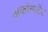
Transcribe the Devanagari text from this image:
अकॉम्पटेंट